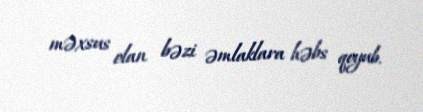
məxsus olan bəzi əmlaklara həbs qoyub.